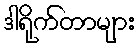
ဒါရိုက်တာများ